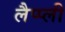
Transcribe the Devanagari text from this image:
लैप्प्ली